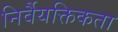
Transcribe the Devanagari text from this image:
निर्वैयक्तिकता